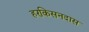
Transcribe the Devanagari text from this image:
हरकिसनदास